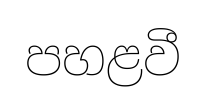
පහළවී